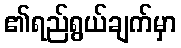
၏ရည်ရွယ်ချက်မှာ